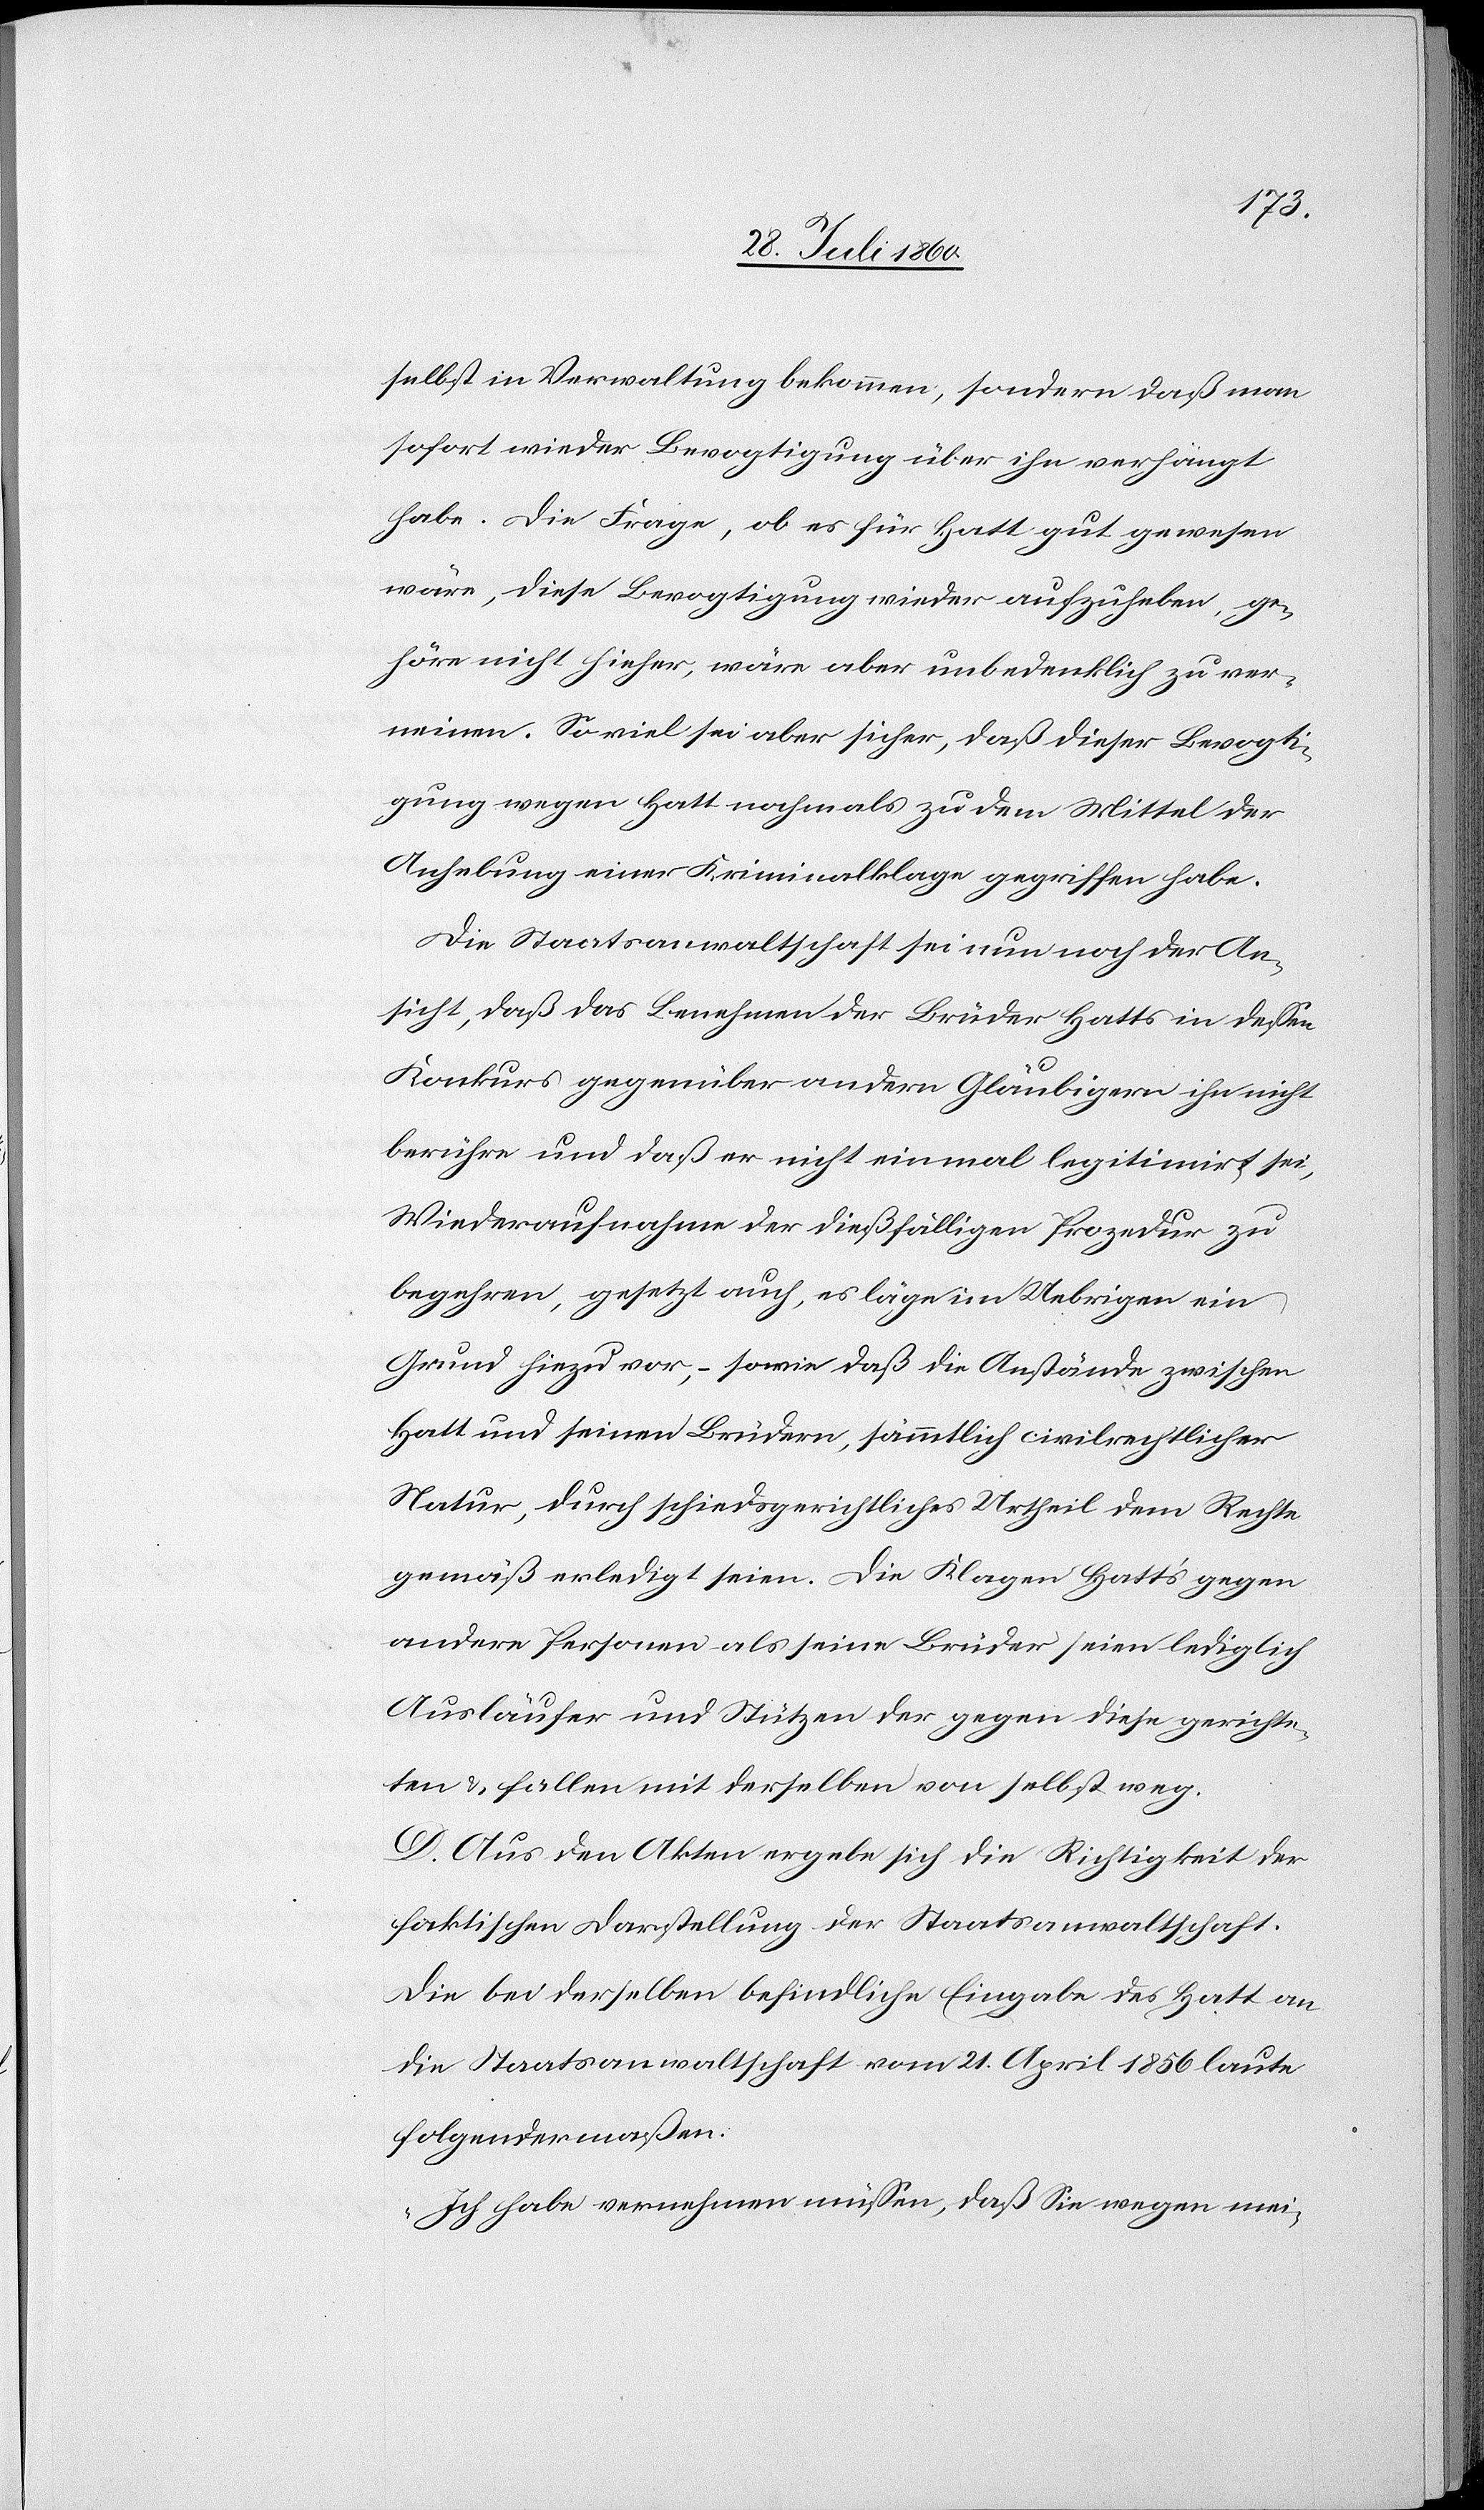
selbst in Verwaltung bekommen, sondern dass man
sofort wieder Bevogtigung über ihn verhängt
habe. Die Frage, ob es für Hatt gut gewesen
wäre, diese Bevogtigung wieder aufzuheben, ge¬
höre nicht hieher, wäre aber unbedenklich zu ver¬
neinen. Soviel sei aber sicher, dass dieser Bevogti¬
gung wegen Hatt nochmals zu dem Mittel der
Anhebung einer Kriminalklage gegriffen habe.
Die Staatsanwaltschaft sei nun noch der An¬
sicht, dass das Benehmen der Brüder Hatts in dessen
Konkurs gegenüber andern Gläubigern ihn nicht
berühre und dass er nicht einmal legitimirt sei,
Wiederaufnahme der diesfälligen Prozedur zu
begehren, gesetzt auch, es läge im Uebrigen ein
Grund hiezu vor, sowie dass die Anstände zwischen
Hatt und seinen Brüdern, sämmtlich civilrechtlicher
Natur, durch schiedsgerichtliches Urtheil dem Rechte
gemäss erledigt seien. Die Klagen Hatt’s gegen
andere Personen als seine Brüder seien lediglich
Ausläufer und Stützen der gegen diese gerichte¬
ten u. fallen mit derselben von selbst weg.
D. Aus den Akten ergebe sich die Richtigkeit der
faktischen Darstellung der Staatsanwaltschaft.
Die bei derselben befindliche Eingabe des Hatt an
die Staatsanwaltschaft vom 21. April 1856 laute
folgendermassen:
„Ich habe vernehmen müssen, dass Sie wegen mei-